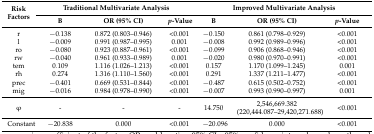
| <ROWSPAN=2> Risk Factors | <COLSPAN=3> Traditional Multivariate Analysis | <COLSPAN=3> Improved Multivariate Analysis |
 | B | OR (95% CI) | p-Value | B | OR (95% CI) | p-Value |
 | --- | --- | --- | --- | --- | --- | --- |
 | r | −0.138 | 0.872 (0.803–0.946) | <0.001 | −0.150 | 0.861 (0.798–0.929) | <0.001 |
 | l | −0.009 | 0.991 (0.987–0.995) | 0.001 | −0.008 | 0.992 (0.989–0.996) | <0.001 |
 | ro | −0.080 | 0.923 (0.887–0.961) | <0.001 | −0.099 | 0.906 (0.868–0.946) | <0.001 |
 | rw | −0.040 | 0.961 (0.933–0.989) | 0.001 | −0.020 | 0.980 (0.970–0.991) | <0.001 |
 | tem | 0.109 | 1.116 (1.026–1.213) | <0.001 | 0.157 | 1.170 (1.099–1.245) | 0.001 |
 | rh | 0.274 | 1.316 (1.110–1.560) | <0.001 | 0.291 | 1.337 (1.211–1.477) | <0.001 |
 | prec | −0.401 | 0.669 (0.531–0.844) | <0.001 | −0.487 | 0.615 (0.502–0.752) | <0.001 |
 | mig | −0.016 | 0.984 (0.978–0.990) | <0.001 | −0.007 | 0.993 (0.990–0.997) | 0.001 |
 | φ | - | - | - | 14.750 | 2,546,669.382 (220,444.087–29,420,271.688) | <0.001 |
 | Constant | −20.838 | 0.000 | <0.001 | −20.096 | 0.000 | <0.001 |